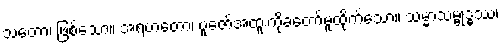
သတော၊ ဖြစ်သော။ အရဟတော၊ ပူဇော်အထူးကိုခံတော်မူထိုက်သော။ သမ္မာသမ္ဗုဒ္ဓဿ၊